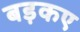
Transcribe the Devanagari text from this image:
बड़कए